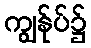
ကျွန်ုပ်၌